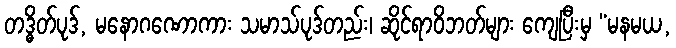
တဒ္ဓိတ်ပုဒ်, မနောဂဏောကား သမာသ်ပုဒ်တည်း၊ ဆိုင်ရာဝိဘတ်များ ကျေပြီးမှ “မနမယ,